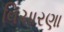
વિચારણા